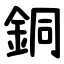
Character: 銅